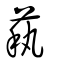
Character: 萟